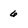
Character: 6